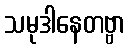
သမုဒါနေတဗ္ဗာ